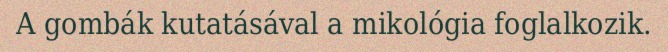
A gombák kutatásával a mikológia foglalkozik.